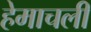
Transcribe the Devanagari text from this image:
हेमाचलीं